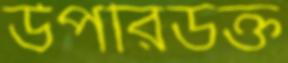
উপরিউক্ত